Scottish Leaving Certificate Examination, 1957
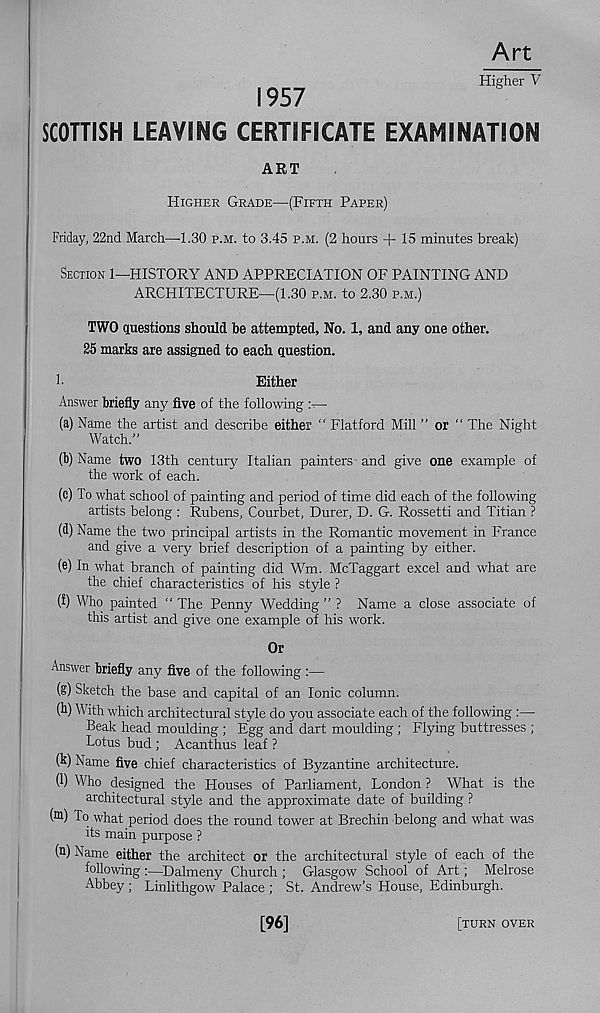
1957
Art
Higher V
SCOTTISH LEAVING CERTIFICATE EXAMINATION
ART
Higher Grade—(Fifth Paper)
Friday, 22nd March—1.30 p.m. to 3.45 p.m. (2 hours + 15 minutes break)
Section 1—HISTORY AND APPRECIATION OF PAINTING AND
ARCHITECTURE—(1.30 p.m. to 2.30 p.m.)
TWO questions should be attempted. No. 1, and any one other.
25 marks are assigned to each question.
h
Either
Answer briefly any five of the following
(a) Name the artist and describe either " Flatford Mill ” or “ The Night
Watch.”
(b) Name two 13th century Italian painters and give one example of
the work of each.
(c) To what school of painting and period of time did each of the following
artists belong : Rubens, Courbet, Durer, D. G. Rossetti and Titian ?
(d) Name the two principal artists in the Romantic movement in France
and give a very brief description of a painting by either.
(e) In what branch of painting did Wm. McTaggart excel and what are
the chief characteristics of his style ?
(f) Who painted "The Penny Wedding” ? Name a close associate of
this artist and give one example of his work.
Or
Answer briefly any five of the following :—
(g) Sketch the base and capital of an Ionic column.
(h) With which architectural style do you associate each of the following :—
Beak head moulding ; Egg and dart moulding ; Flying buttresses ;
Lotus bud ; Acanthus leaf ?
(b) Name five chief characteristics of Byzantine architecture.
(I) Who designed the Houses of Parliament, London ? What is the
architectural style and the approximate date of building ?
( m ) To what period does the round tower at Brechin belong and what was
its main purpose ?
( n ) Name either the architect or the architectural style of each of the
following :—Dalmeny Church ; Glasgow School of Art; Melrose
Abbey ; Linlithgow Palace ; St. Andrew’s House, Edinburgh.
[96]
[turn over